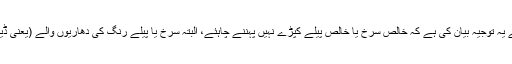
اس بظاہر تضاد کی محدثین وعلماء نے یہ توجیہ بیان کی ہے کہ خالص سرخ یا خالص پیلے کپڑے نہیں پہننے چاہئے، البتہ سرخ یا پیلے رنگ کی دھاریوں والے (یعنی ڈیزائن والے) کپڑے پہنے جاسکتے ہیں۔